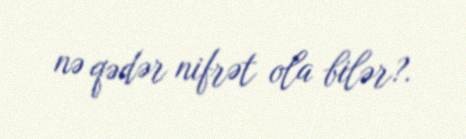
nə qədər nifrət ola bilər?.